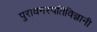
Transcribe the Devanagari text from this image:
पुरावनस्पतिविज्ञानी